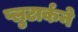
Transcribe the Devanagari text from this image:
प्लुटार्कने